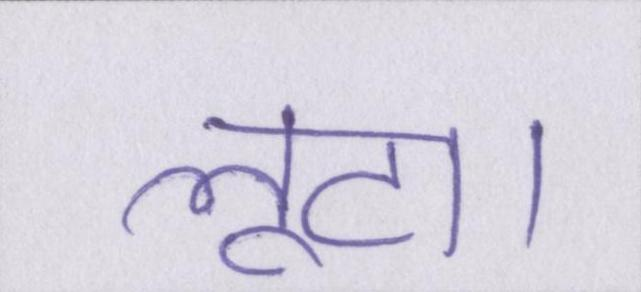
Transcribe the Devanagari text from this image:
लूटा।